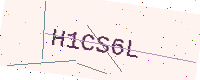
Text: H1CS6L